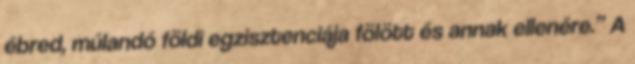
ébred, múlandó földi egzisztenciája fölött és annak ellenére.” A